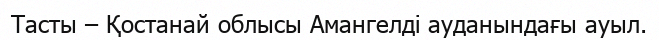
Тасты – Қостанай облысы Амангелді ауданындағы ауыл.